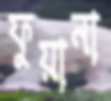
ফুয়ানা